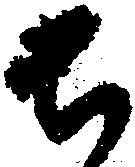
ち